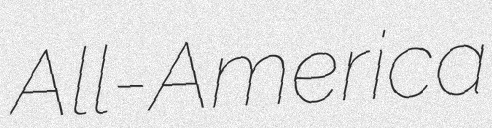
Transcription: All-America